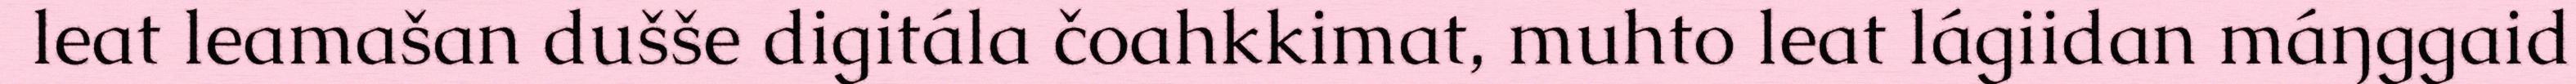
leat leamašan dušše digitála čoahkkimat, muhto leat lágiidan máŋggaid